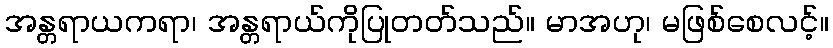
အန္တရာယကရာ၊ အန္တရာယ်ကိုပြုတတ်သည်။ မာအဟု၊ မဖြစ်စေလင့်။